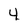
Character: 4